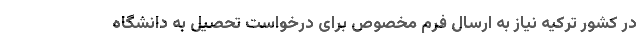
در کشور ترکیه نیاز به ارسال فرم مخصوص برای درخواست تحصیل به دانشگاه